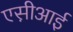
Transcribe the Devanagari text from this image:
एस़ीआई